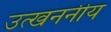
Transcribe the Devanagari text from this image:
उत्खननीय